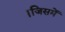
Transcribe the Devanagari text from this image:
।जिसमें